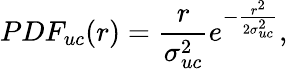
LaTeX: PDF_{uc}(r)=\frac{r}{\sigma_{uc}^{2}}e^{-\frac{r^{2}}{2\sigma_{uc}^{2}}},